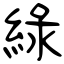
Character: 綠